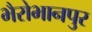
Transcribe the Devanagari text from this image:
भैरोभानपुर